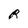
Character: R